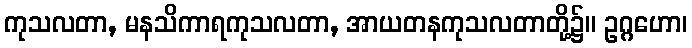
ကုသလတာ, မနသိကာရကုသလတာ, အာယတနကုသလတာတို့၌။ ဥဂ္ဂဟော၊